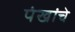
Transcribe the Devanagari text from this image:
पंखांचे